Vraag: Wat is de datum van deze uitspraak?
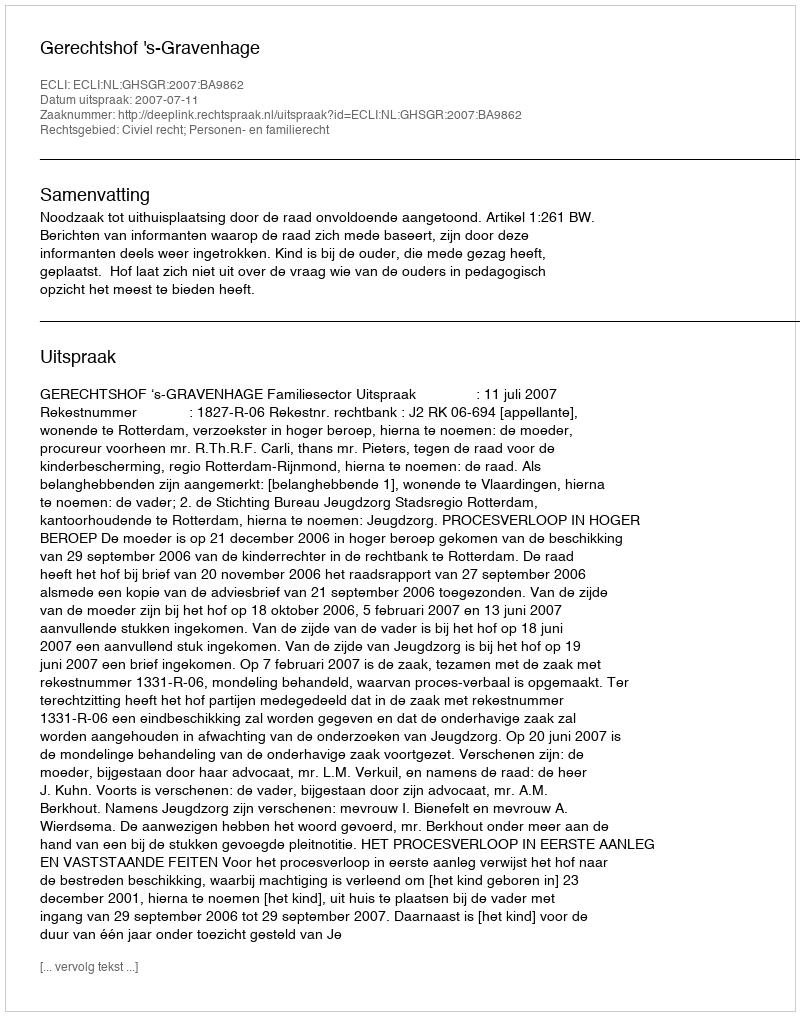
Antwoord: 2007-07-11